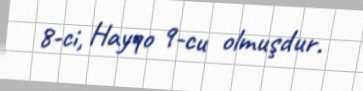
8-ci, Hayqo 9-cu olmuşdur.